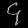
Digit: ၄